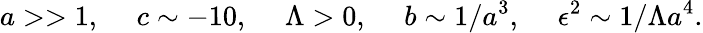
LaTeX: a>>1,~~~~~c\sim-10,~~~~~\Lambda>0,~~~~~b\sim 1/a^{3},~~~~~\epsilon^{2}\sim 1/\Lambda a^{4}.